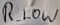
Text: R_LOW